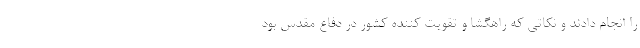
را انجام دادند و نکاتی که راهگشا و تقویت کننده کشور در دفاع مقدس بود